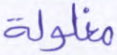
مغلولة